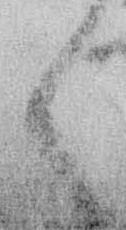
く